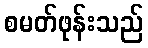
စမတ်ဖုန်းသည်